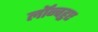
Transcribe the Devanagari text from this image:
लॉन्चहुए